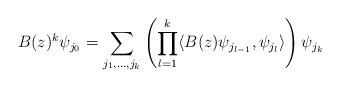
LaTeX: \begin{align*}B(z)^k \psi_{j_0} = \sum_{j_1,\dots,j_k} \left(\prod_{l=1}^k \langle B(z) \psi_{j_{l-1}}, \psi_{j_l} \rangle\right) \psi_{j_k}\end{align*}